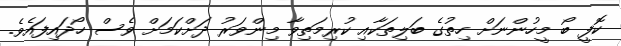
ކޮފީ ބޯ މީހުންނަށް ހިތުގެ ބަލިތަކާއި ކުރިމަތިވާ މިންވަރު ދަށްކަމަށް ވެސް ހޯދައިފައެވެ.